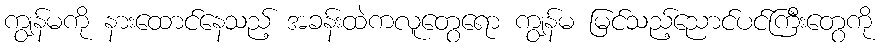
ကျွန်မကို နားထောင်နေသည့် အခန်းထဲကလူတွေရော ကျွန်မ မြင်သည့်ညောင်ပင်ကြီးတွေကို